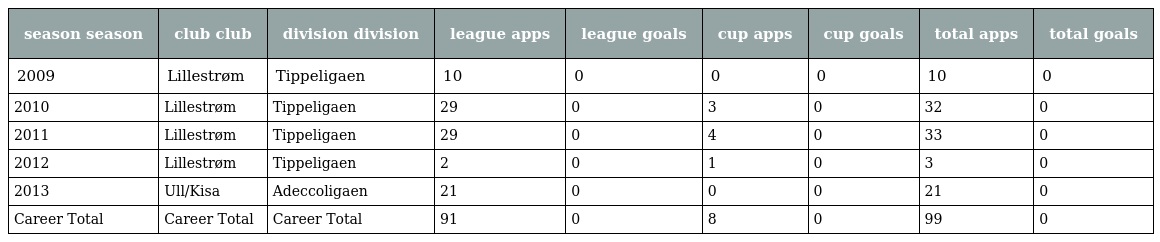
| season season | club club | division division | league apps | league goals | cup apps | cup goals | total apps | total goals |
 | --- | --- | --- | --- | --- | --- | --- | --- | --- |
 | 2009 | Lillestrøm | Tippeligaen | 10 | 0 | 0 | 0 | 10 | 0 |
 | 2010 | Lillestrøm | Tippeligaen | 29 | 0 | 3 | 0 | 32 | 0 |
 | 2011 | Lillestrøm | Tippeligaen | 29 | 0 | 4 | 0 | 33 | 0 |
 | 2012 | Lillestrøm | Tippeligaen | 2 | 0 | 1 | 0 | 3 | 0 |
 | 2013 | Ull/Kisa | Adeccoligaen | 21 | 0 | 0 | 0 | 21 | 0 |
 | Career Total | Career Total | Career Total | 91 | 0 | 8 | 0 | 99 | 0 |